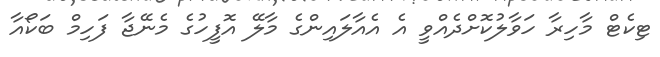
ޓިކެޓް މާހިރާ ހަވާލުކޮށްދެއްވީ އެ އެއާލައިންގެ މާލޭ އޮފީހުގެ މެނޭޖާ ފަހިމް ބަކޯއާ